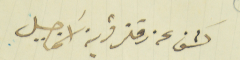
كشف عن دفتر قرية اسَمر جبيل